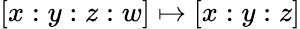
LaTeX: [x:y:z:w]\mapsto[x:y:z]